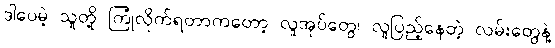
ဒါပေမဲ့ သူတို့ ကြုံလိုက်ရတာကတော့ လူအုပ်တွေ၊ လူပြည့်နေတဲ့ လမ်းတွေနဲ့